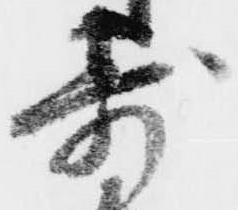
寄